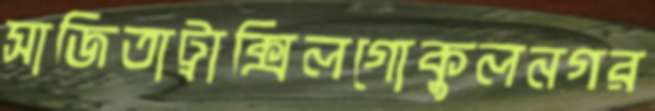
সাজিতাট্রাক্সিলগোকুলনগর